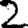
Digit: 2